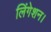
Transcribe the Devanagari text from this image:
लिंगेशन।